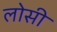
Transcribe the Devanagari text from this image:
लोसी